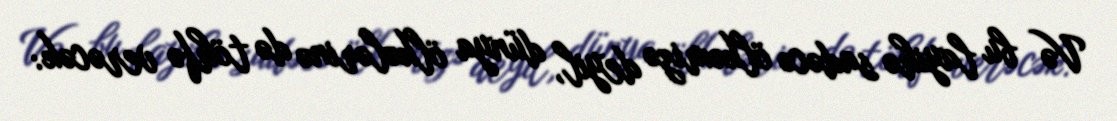
Və bu layihə sadəcə ölkəmizə deyil, dünya ölkələrinə də töhfə verəcək: